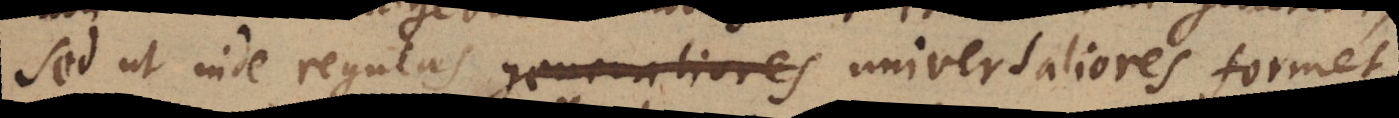
sed ut inde regulas generaliores universaliores formet,